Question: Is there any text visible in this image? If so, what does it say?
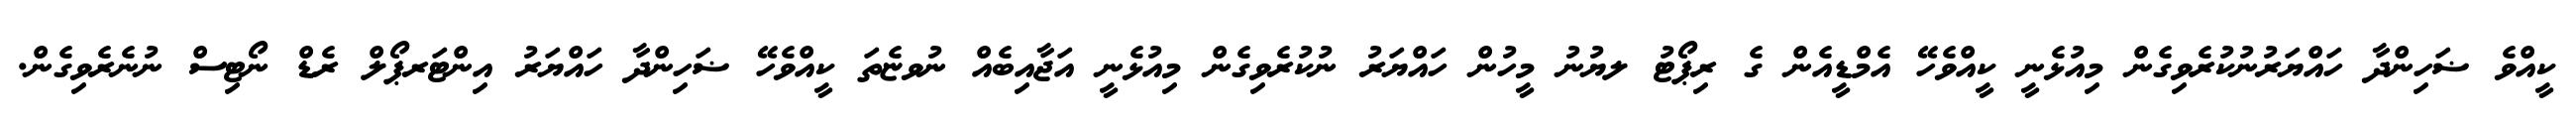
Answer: ކީއްވެ ޟަހިންދާ ހައްޔަރުނުކުރެވިގެން މިއުޅެނީ ކީއްވެހޭ އެމްޑީއެން ގެ ރިޕޯޓު ލޔުނު މީހުން ހައްޔަރު ނުކުރެވިގެން މިއުޅެނީ އަޖާއިބެއް ނުވޏެތަ ކީއްވެހޭ ޟަހިންދާ ހައްޔަރު އިންޓަރޕޯލް ރެޑް ނޯޓިސް ނުނެރެވިގެން.